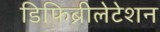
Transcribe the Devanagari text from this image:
डिफिब्रीलेटेशन